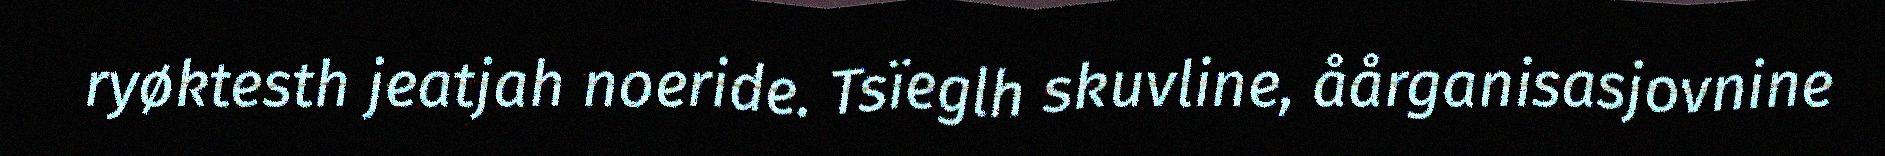
ryøktesth jeatjah noeride. Tsïeglh skuvline, åårganisasjovnine